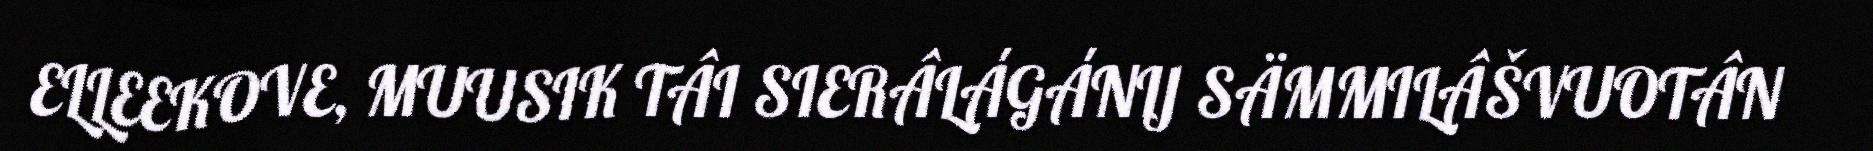
ELLEEKOVE, MUUSIK TÂI SIERÂLÁGÁNIJ SÄMMILÂŠVUOTÂN